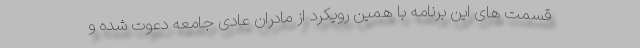
قسمت های این برنامه با همین رویکرد از مادران عادی جامعه دعوت شده و